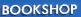
bookshop